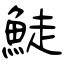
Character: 鯐